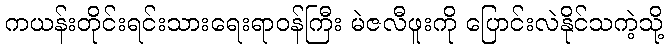
ကယန်းတိုင်းရင်းသားရေးရာဝန်ကြီး မဲဇလီဖူးကို ပြောင်းလဲနိုင်သကဲ့သို့